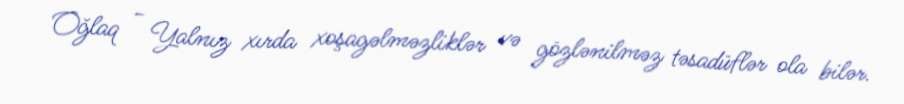
Oğlaq - Yalnız xırda xoşagəlməzliklər və gözlənilməz təsadüflər ola bilər.